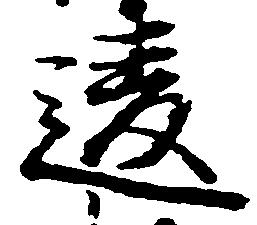
違